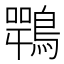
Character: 𪄍